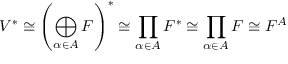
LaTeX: V ^ { * } \cong \left( \bigoplus _ { \alpha \in A } F \right) ^ { * } \cong \prod _ { \alpha \in A } F ^ { * } \cong \prod _ { \alpha \in A } F \cong F ^ { A }